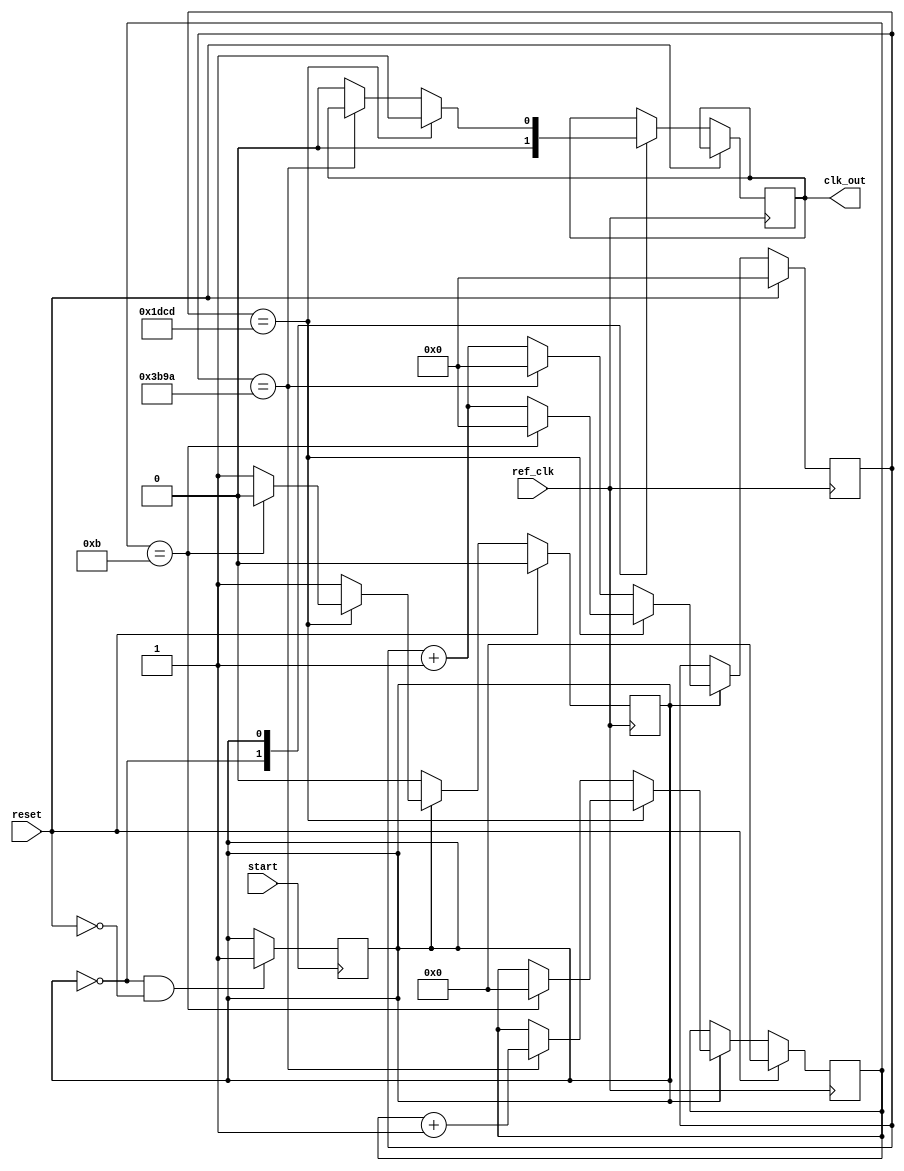
`timescale 1ns/1ps

module baud_gen(reset, ref_clk, start, clk_out);

    // UART specifications
    localparam REF_CLK_PERIOD = 2; // in ns, giving design reference clk_freq of 500 Mhz
    localparam BAUD_PERIOD = 30518; // in ns, based on baud rate of 32768 bps
    localparam CLKS_PER_BAUD = BAUD_PERIOD/REF_CLK_PERIOD;
    localparam IDLE = 1'b0; // generator idle
    localparam GEN = 1'b1; // generator running

    // number of bauds for frame sections
    localparam BAUD_START = 1;
    localparam BAUD_DATA = 8;
    localparam BAUD_PARITY = 1;
    localparam BAUD_STOP = 2;
    localparam BAUD_RESET = BAUD_START + BAUD_DATA + BAUD_PARITY + BAUD_STOP;

    input reset; // global reset pin
    input ref_clk; // received from external oscillator @ 500 MHz
    input start; // received from UART Rx pin to detect start bit
    output reg clk_out; // baud rate output

    reg baud_gen_state;
    reg [15:0] clk_count;
    reg [3:0] baud_count;

    always@(negedge start) begin
        if(baud_gen_state == IDLE && reset == 0) baud_gen_state <= GEN; 
    end

    always@(posedge ref_clk) begin
        
        if(reset == 1) begin
            baud_gen_state <= IDLE;
            clk_count <= 0;
            baud_count <= 0;
        end
        else begin
            case(baud_gen_state)
                
                IDLE : begin
                    clk_out <= 0;
                end

                GEN : begin

                    if (clk_count == (CLKS_PER_BAUD/2)) begin
                        clk_out <= 1; // output 1 reference clock long pulse
                        if(baud_count == BAUD_RESET-1) begin
                            baud_gen_state <= IDLE;
                            clk_count <= 0;
                            baud_count <= 0;
                        end
                        else clk_count <= clk_count + 1;
                    end 
                    else if(clk_count == CLKS_PER_BAUD-1) begin // cycle back to 0 for capturing next input bit
                        clk_count <= 0;
                        baud_count <= baud_count + 1;
                    end
                    else begin
                        clk_out <= 0;
                        clk_count <= clk_count + 1;
                    end

                end

            endcase

        end

    end

endmodule